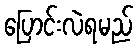
ပြောင်းလဲရမည်